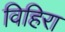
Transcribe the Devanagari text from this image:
विहिरा